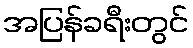
အပြန်ခရီးတွင်